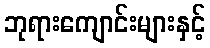
ဘုရားကျောင်းများနှင့်